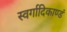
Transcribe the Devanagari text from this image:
स्वर्गादिकाण्डं